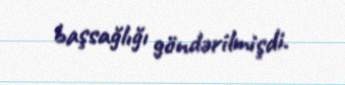
başsağlığı göndərilmişdi.